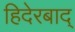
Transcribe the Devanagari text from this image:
हिदेरबाद्